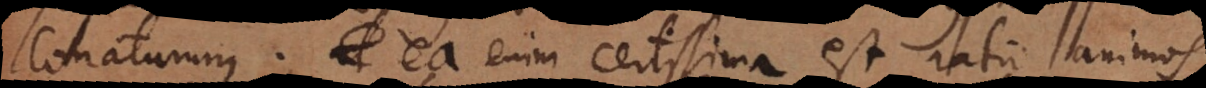
conaturum; ea enim certissima est ratio animos